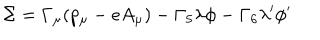
LaTeX: \Sigma = \Gamma _ { \mu } ( p _ { \mu } - e A _ { \mu } ) - \Gamma _ { 5 } \lambda \phi - \Gamma _ { 6 } \lambda ^ { \prime } \phi ^ { \prime }